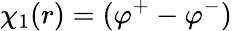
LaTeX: \chi_{1}(r)=(\varphi^{+}-\varphi^{-})